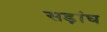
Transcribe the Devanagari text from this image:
सड़ांघ